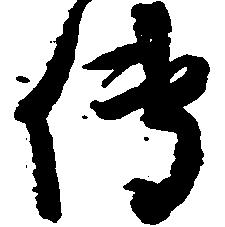
伝